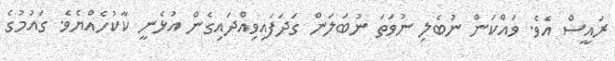
ރައީސް އެވެ. ވައްކަން ނުބެލި ނުވަތަ ނުބަލަން ގަދަފައިވިއްދައިގެން އުޅެނީ ކާކުހެއްޔެވެ. ގައުމުގެ